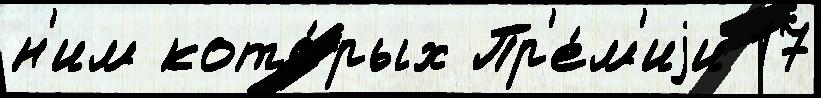
н'им кото́рых Пр'е́м'иjи 17